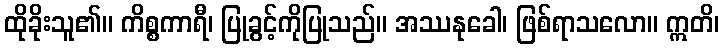
ထိုခိုးသူ၏။ ကိစ္စကာရီ၊ ပြုခွင့်ကိုပြုသည်။ အဿနုခေါ၊ ဖြစ်ရာသလော။ ဣတိ၊